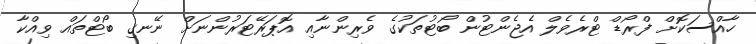
ހާއްސަކޮށް ފްރޯޑް ޓްރެވެލް އެޖެންޓުން ބޯޓުތަކުގެ ވެރިންނާއި އޮޕަރޭޓަރުންނަށް ނޭނގި ބޯޓްތައް ވިއްކާ